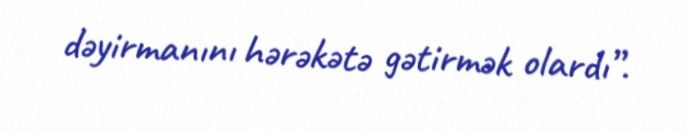
dəyirmanını hərəkətə gətirmək olardı”.